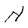
Character: N